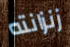
زنزانته